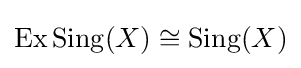
\operatorname {Ex} \operatorname {Sing} (X)\cong \operatorname {Sing} (X)